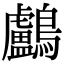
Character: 鸕